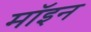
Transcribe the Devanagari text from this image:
मॉइन